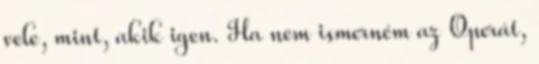
vele, mint, akik igen. Ha nem ismerném az Operát,